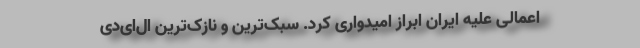
اعمالی علیه ایران ابراز امیدواری کرد. سبک‌ترین و نازک‌ترین ال‌ای‌دی